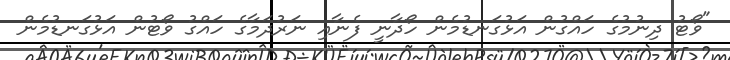
"ވޯޓު ދިނުމުގެ ހައްގުން އަޅުގަނޑުމެން ހޯދާނީ ފެނާއި ނަރުދަމާގެ ހައްގު ވޯޓުން އަޅުގަނޑުމެން